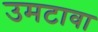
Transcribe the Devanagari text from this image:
उमटावा